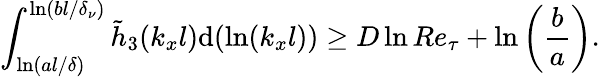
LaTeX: \int_{\ln(al/\delta)}^{\ln(bl/\delta_{\nu})}\tilde{h}_{3}(k_{x}l)\mathrm{d}(\ln(k_{x}l))\geq D\ln Re_{\tau}+\ln\left(\frac{b}{a}\right).